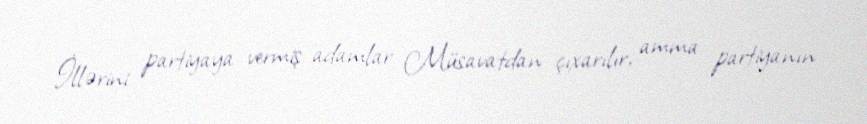
İllərini partiyaya vermiş adamlar Müsavatdan çıxarılır, amma partiyanın